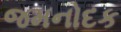
જમનોદક